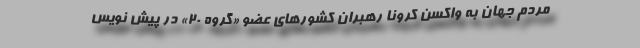
مردم جهان به واکسن کرونا رهبران کشورهای عضو «گروه ۲۰» در پیش نویس